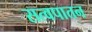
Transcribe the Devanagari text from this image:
सत्वपातन